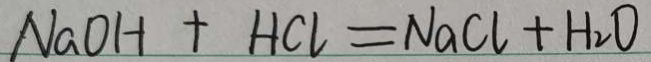
N a O H + H C l = N a C l + H _ { 2 } O